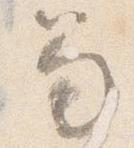
笏